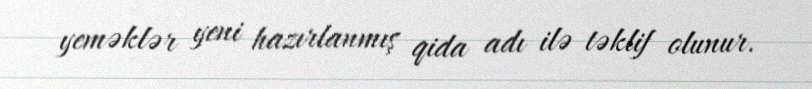
yeməklər yeni hazırlanmış qida adı ilə təklif olunur.